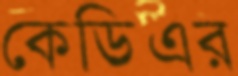
কেডিএর